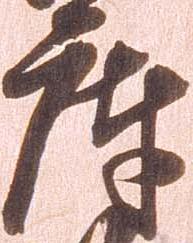
庫